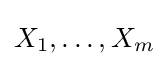
{\textstyle X_{1},\ldots ,X_{m}}